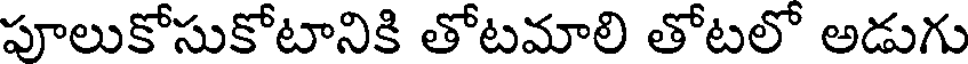
పూలుకోసుకోటానికి తోటమాలి తోటలో అడుగు